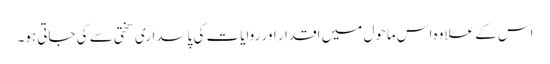
اس کے علاوہ اس ماحول میں اقدار اور روایات کی پاسداری سختی سے کی جاتی ہو۔